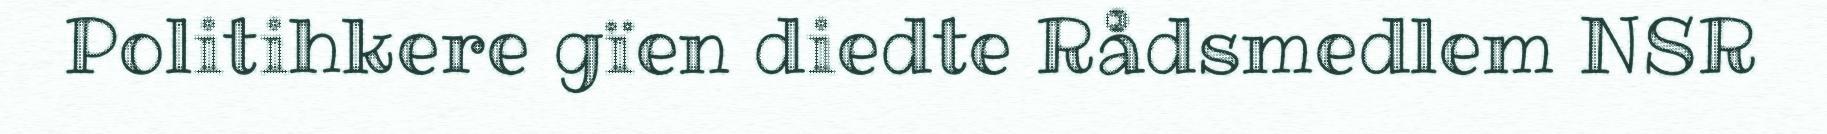
Politihkere gïen diedte Rådsmedlem NSR